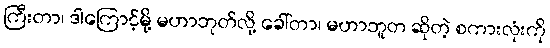
ကြီးတာ၊ ဒါကြောင့်မို့ မဟာဘုတ်လို့ ခေါ်တာ၊ မဟာဘူတ ဆိုတဲ့ စကားလုံးကို